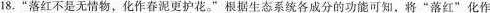
18.”落红不是无情物，化作春泥更护花。”根据生态系统各成分的功能可知，将”落红”化作